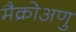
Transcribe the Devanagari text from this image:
मैक्रोअणु